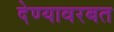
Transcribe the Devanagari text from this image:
देण्यावरबत